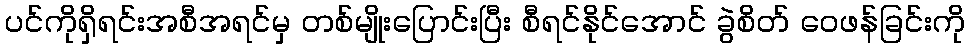
ပင်ကိုရှိရင်းအစီအရင်မှ တစ်မျိုးပြောင်းပြီး စီရင်နိုင်အောင် ခွဲစိတ် ဝေဖန်ခြင်းကို